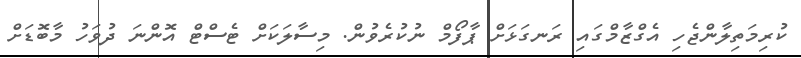
ކުރިމަތިލާންޖެހި އެގްޒާމްގައި ރަނގަޅަށް ޕާފޯމް ނުކުރެވުން. މިސާލަކަށް ޓެސްޓް އޮންނަ ދުވަހު މާބޮޑަށް